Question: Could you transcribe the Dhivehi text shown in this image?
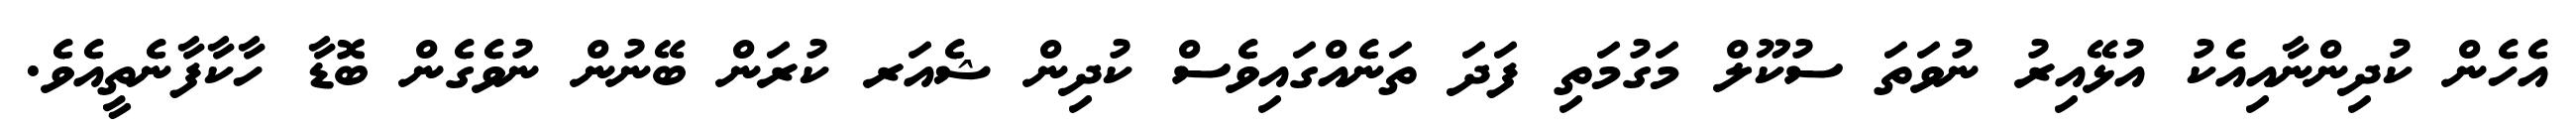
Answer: އެހެން ކުދިންނާއިއެކު އުޅޭއިރު ނުވަތަ ސުކޫލް މަގުމަތި ފަދަ ތަނެއްގައިވެސް ކުދިން ޝެއަރ ކުރަން ބޭނުން ނުވެގެން ބޮޑާ ހާކާފާނެތީއެވެ.